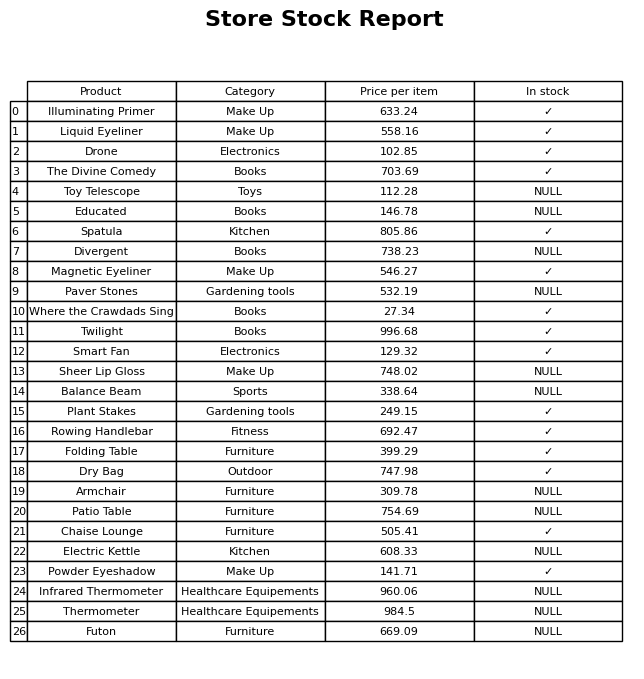
question: What is the price for Divergent?
answer: The price of Divergent is 738.23.